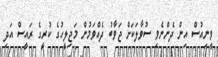
ވީނިއުސް އިން ދެންނެވި ސުވާލަކަށް ޖަވާބު ދެއްވަމުން މަޖިލީހުގެ ކުރީގެ ރައީސް އަދި